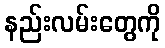
နည်းလမ်းတွေကို